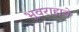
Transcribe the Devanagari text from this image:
भूवराहाचे